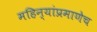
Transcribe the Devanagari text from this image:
महिन्यांप्रमाणेच